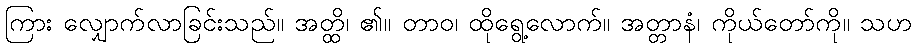
ကြား လျှောက်လာခြင်းသည်။ အတ္ထိ၊ ၏။ တာဝ၊ ထိုရွေ့လောက်။ အတ္တာနံ၊ ကိုယ်တော်ကို။ သဟ